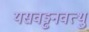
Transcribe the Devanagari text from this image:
यसवड्ढनवत्थु